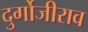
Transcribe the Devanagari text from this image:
दुर्गोजीराव